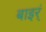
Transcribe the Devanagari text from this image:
बाइर्ं